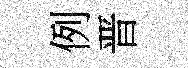
例晋